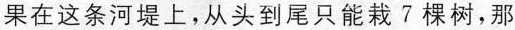
果在这条河堤上，从头到尾只能栽7棵树，那